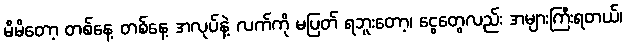
မိမိတော့ တစ်နေ့ တစ်နေ့ အလုပ်နဲ့ လက်ကို မပြတ် ရဘူးတော့၊ ငွေတွေလည်း အများကြီးရတယ်၊